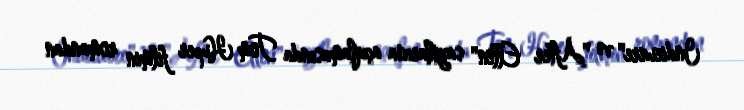
Indiewire" və "After Ellen" saytlarına açıqlamasında Tom Huper filmin romandan